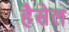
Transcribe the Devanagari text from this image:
हैसेल